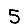
Digit: 5